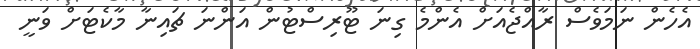
އެހެން ނަމަވެސް ރާއްޖެއަށް އެންމެ ގިނަ ޓޫރިސްޓުން އަންނަ ޗައިނާ މާކެޓަށް ވަނީ